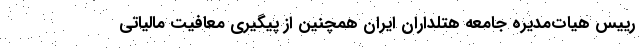
رییس هیات‌مدیره جامعه هتلداران ایران همچنین از پیگیری معافیت مالیاتی